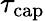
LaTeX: \tau_{\mathrm{{cap}}}